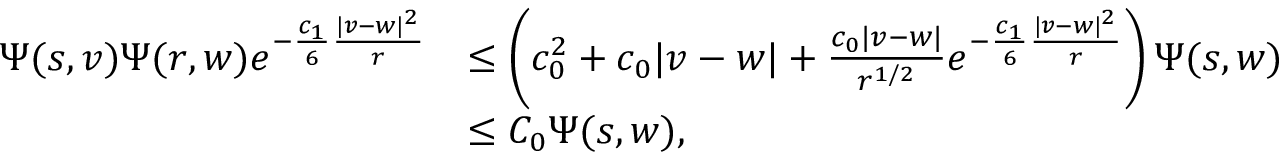
\begin{array} { r l } { \Psi ( s , v ) \Psi ( r , w ) e ^ { - \frac { c _ { 1 } } { 6 } \frac { | v - w | ^ { 2 } } { r } } } & { \le \left( c _ { 0 } ^ { 2 } + c _ { 0 } | v - w | + \frac { c _ { 0 } | v - w | } { r ^ { 1 / 2 } } e ^ { - \frac { c _ { 1 } } { 6 } \frac { | v - w | ^ { 2 } } { r } } \right) \Psi ( s , w ) } \\ & { \le C _ { 0 } \Psi ( s , w ) , } \end{array}